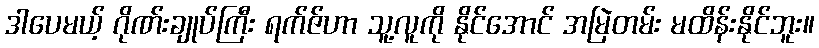
ဒါပေမယ့် ဂိုဏ်းချုပ်ကြီး ရက်ဇ်ဟာ သူ့လူကို နိုင်အောင် အမြဲတမ်း မထိန်းနိုင်ဘူး။